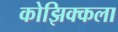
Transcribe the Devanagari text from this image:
कोझिक्कला